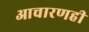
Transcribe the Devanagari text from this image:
आचारणही